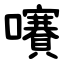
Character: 㘔